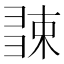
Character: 𢑧